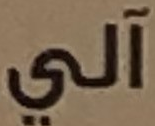
آلي